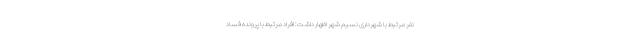
نفر مرتبط با شهرداری نسیم شهر اظهار داشت: افراد مرتبط با پرونده فساد